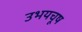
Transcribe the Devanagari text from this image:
उभयचूष